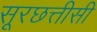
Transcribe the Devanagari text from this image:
सूरछत्तीसी